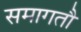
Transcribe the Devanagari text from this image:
समागतौ